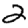
Digit: 2